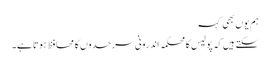
ہم یوں بھی کہہ
سکتے ہیں کہ پولیس کا محکمہ اندرونی سرحدوں کا محافظ ہوتا ہے۔